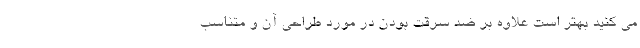
می­ کنید بهتر است علاوه بر ضد سرقت بودن در مورد طراحی آن و متناسب